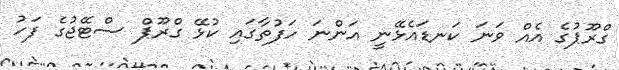
ގްރޫޕުގެ އެއް ވަނަ ކަނޑައެޅޭނީ އަންނަ ހަފުތާގައި ކުޅޭ ގްރޫޕް ސްޓޭޖުގެ ފަހު